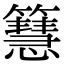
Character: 𥶙